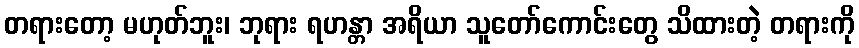
တရားတော့ မဟုတ်ဘူး၊ ဘုရား ရဟန္တာ အရိယာ သူတော်ကောင်းတွေ သိထားတဲ့ တရားကို